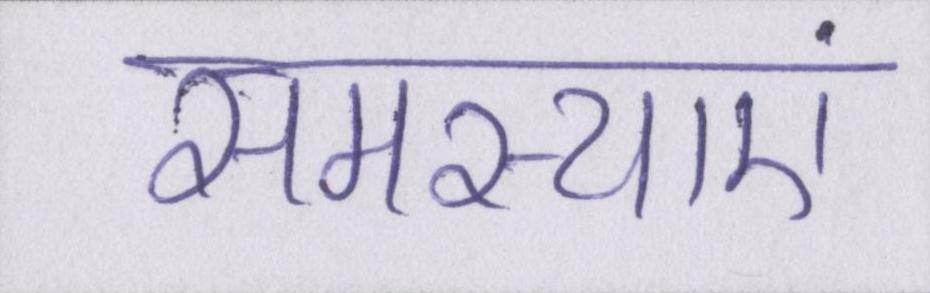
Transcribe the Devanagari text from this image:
समस्याएं